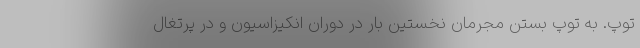
توپ. به توپ بستن مجرمان نخستین بار در دوران انکیزاسیون و در پرتغال